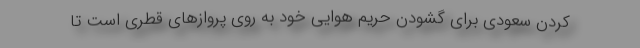
کردن سعودی برای گشودن حریم هوایی خود به روی پروازهای قطری است تا